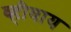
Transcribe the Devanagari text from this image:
व्हीवाय